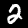
Label: 2